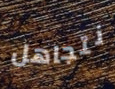
نتجاهل